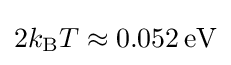
2k_{\text{B}}T\approx 0.052\,\mathrm {eV}